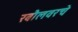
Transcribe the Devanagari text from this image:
रबौलवरचे